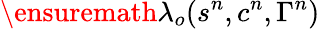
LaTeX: \ensuremath{\lambda}_{o}(s^{n},c^{n},\Gamma^{n})